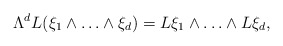
\begin{align*}\Lambda^dL(\xi_1\wedge\ldots\wedge\xi_d)=L\xi_1\wedge\ldots\wedge L\xi_d,\end{align*}